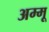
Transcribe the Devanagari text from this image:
अम्मू